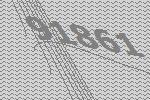
91861